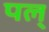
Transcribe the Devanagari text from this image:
पल्